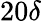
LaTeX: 20\delta